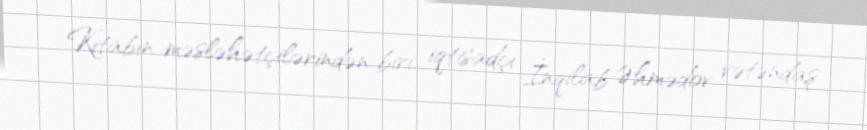
Kitabın məsləhətçilərindən biri, iqtisadçı İnqilab Əhmədov vətəndaş